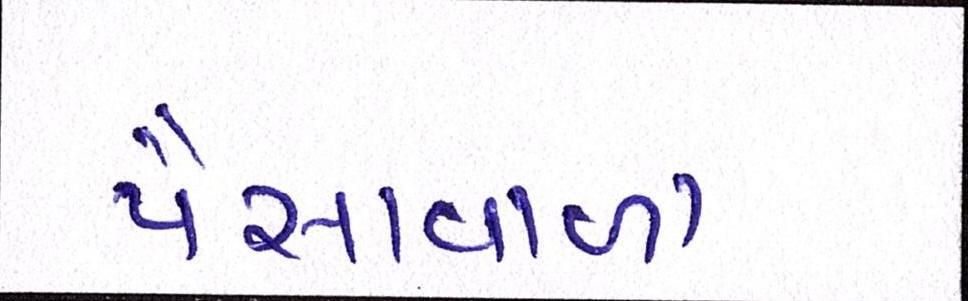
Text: પૈસાવાળા